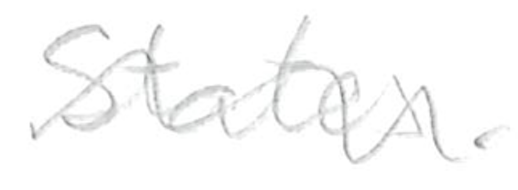
Text: States.
Cross-out: wave
Writing tool: pencil